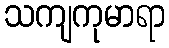
သကျကုမာရာ